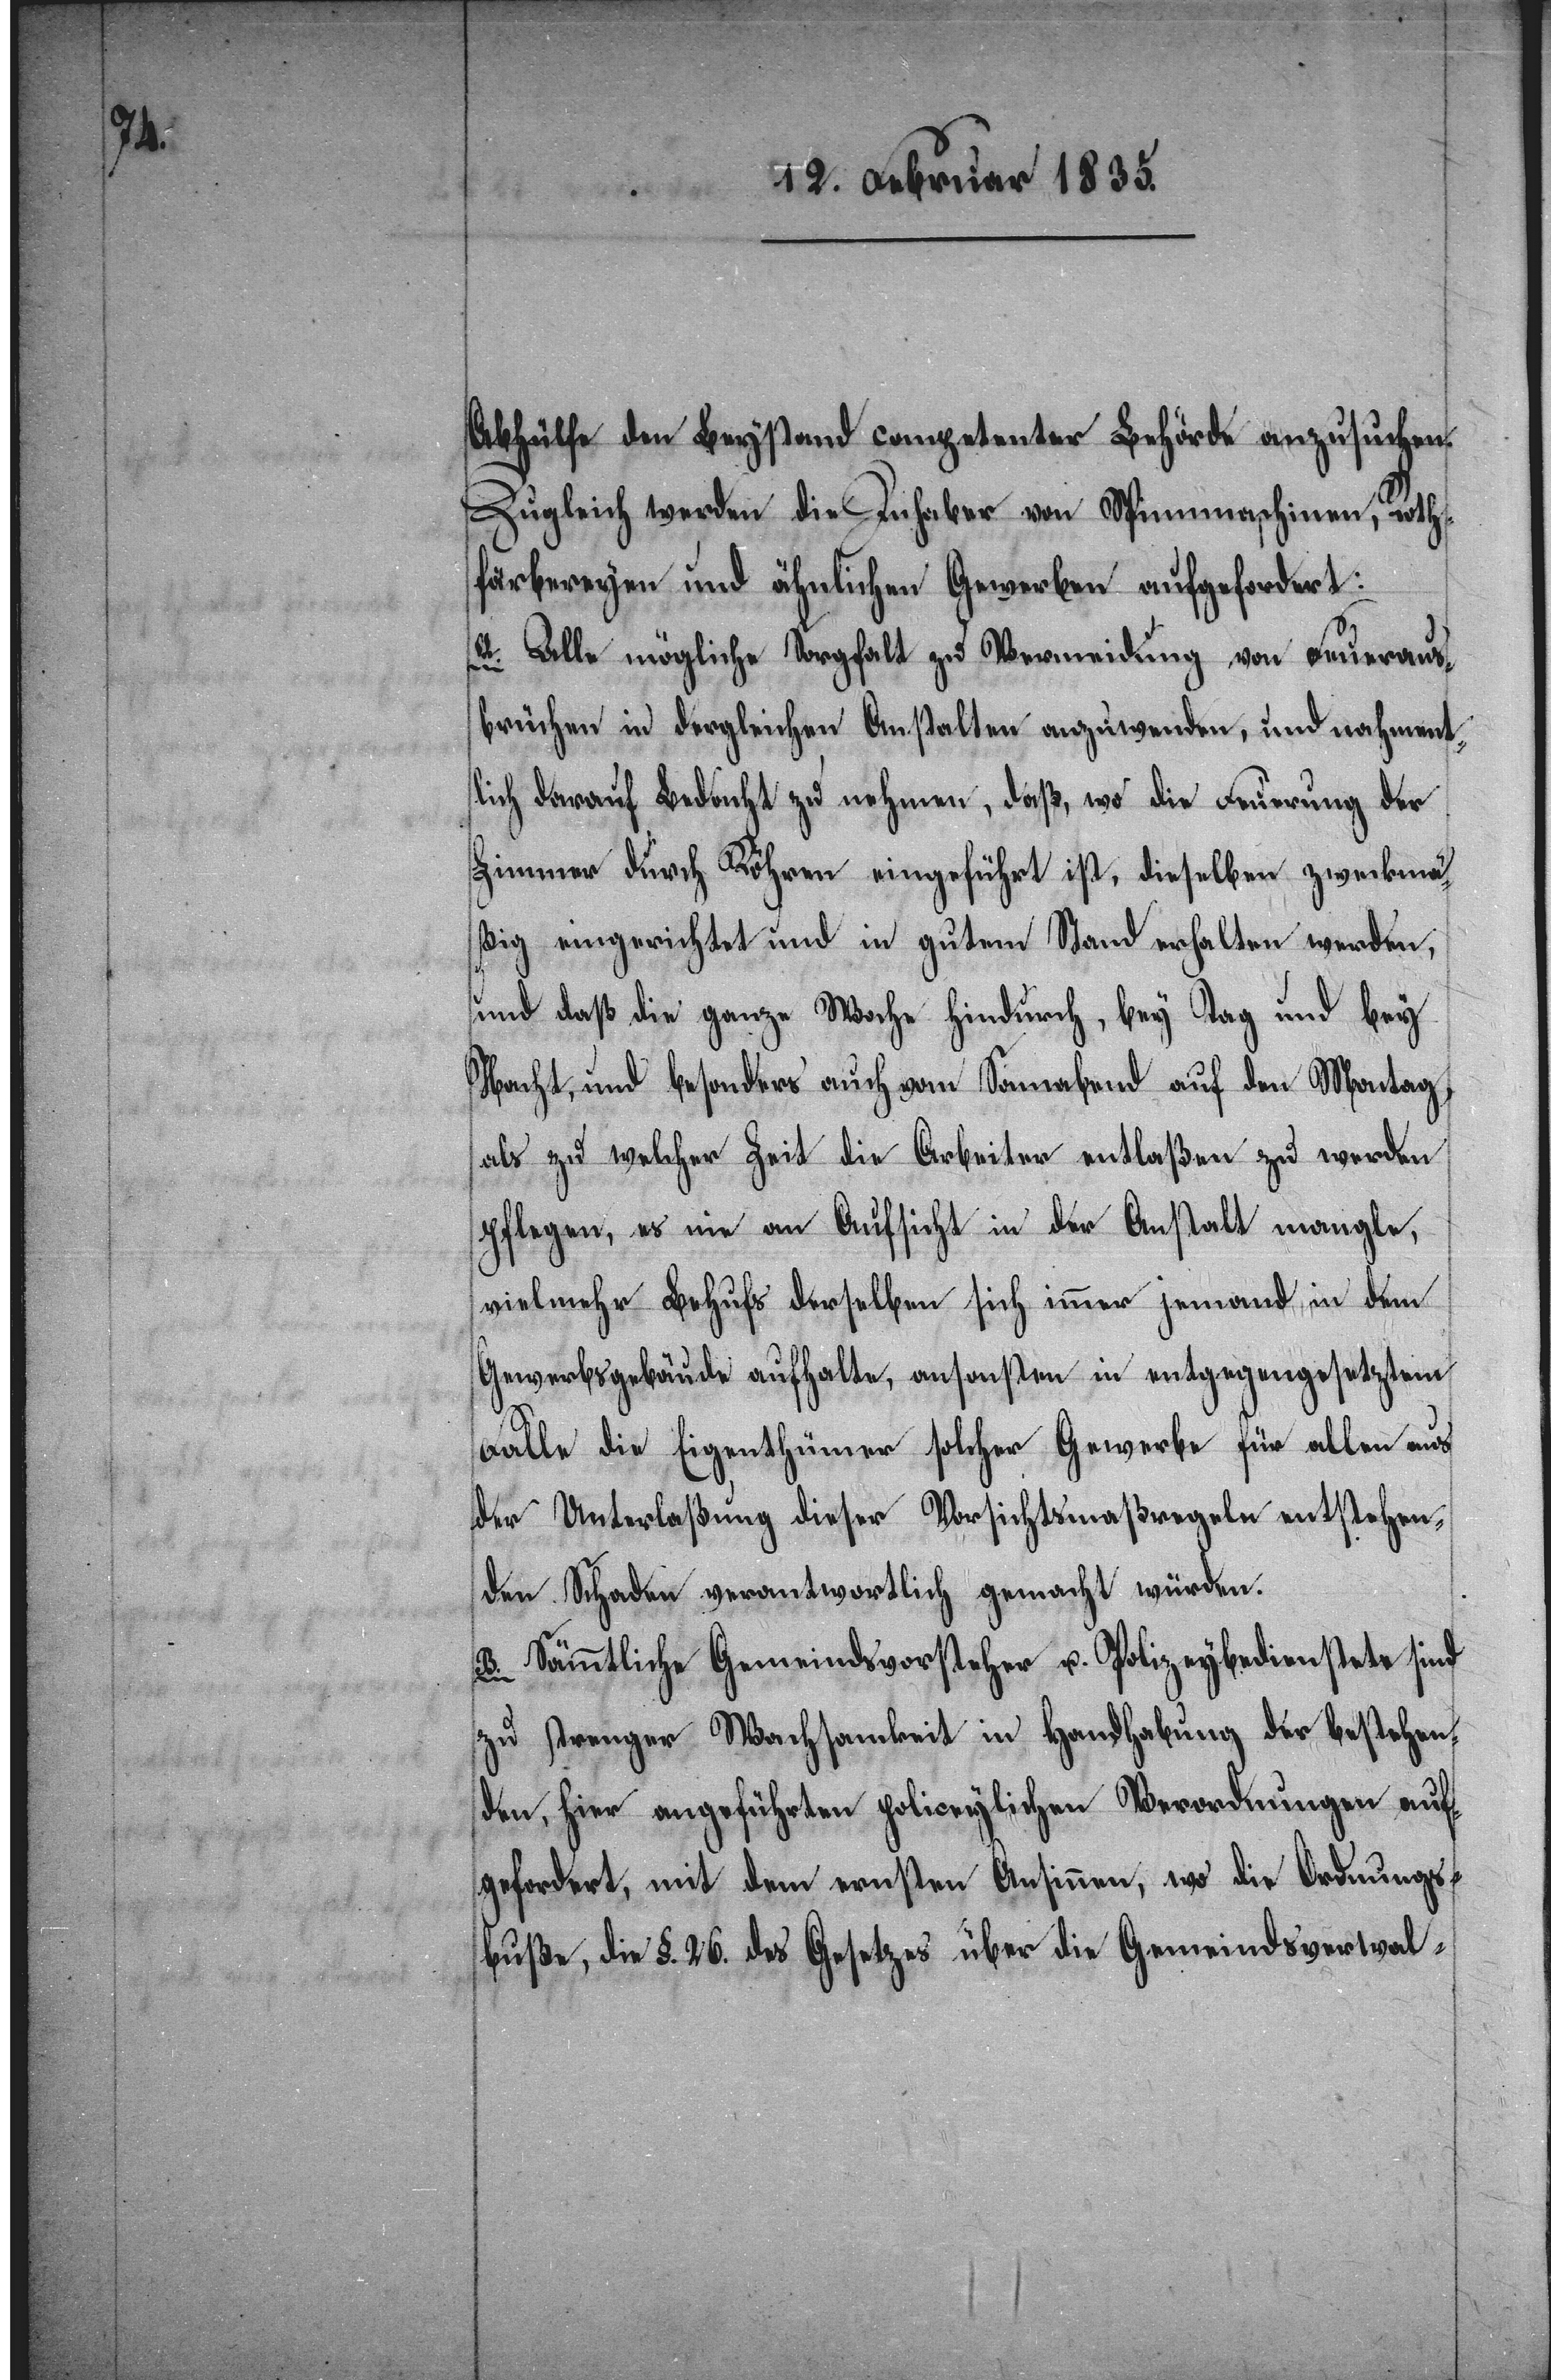
Abhülfe den Beystand competenter Behörde anzusuchen.
Zugleich werden die Inhaber von Spinnmaschinen, Roth¬
färbereyen und ähnlichen Gewerben aufgefordert:
A. Alle mögliche Sorgfalt zu Vermeidung von Feueraus¬
brüchen in dergleichen Anstalten anzuwenden, und nahment¬
lich darauf Bedacht zu nehmen, daß, wo die Feuerung der
Zimmer durch Röhren eingeführt ist, dieselben zweckmä¬
ßig eingerichtet und in gutem Stand erhalten werden,
und daß die ganze Woche hindurch, bey Tag und bey
Nacht, und besonders auch vom Sonnabend auf den Montag,
als zu welcher Zeit die Arbeiter entlaßen zu werden
pflegen, es nie an Aufsicht in der Anstalt mangle,
vielmehr Behufs derselben sich immer jemand in dem
Gewerbsgebäude aufhalte, ansonsten in entgegengesetztem
Falle die Eigenthümer solcher Gewerbe für allen aus
der Unterlaßung dieser Vorsichtsmaßregeln entstehen¬
den Schaden verantwortlich gemacht würden.
B. Sämmtliche Gemeindsvorsteher u. Polizeybedienstete sind
zu strenger Wachsamkeit in Handhabung der bestehen¬
den, hier angeführten polizeylichen Verordnungen auf¬
gefordert, mit dem ernsten Ansinnen, wo die Ordnungs¬
buße, die §. 26. des Gesetzes über die Gemeindsverwal-